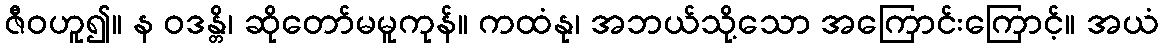
ဇီဝဟူ၍။ န ဝဒန္တိ၊ ဆိုတော်မမူကုန်။ ကထံနု၊ အဘယ်သို့သော အကြောင်းကြောင့်။ အယံ